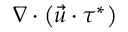
\nabla \cdot \left( \vec { u } \cdot \tau ^ { * } \right)